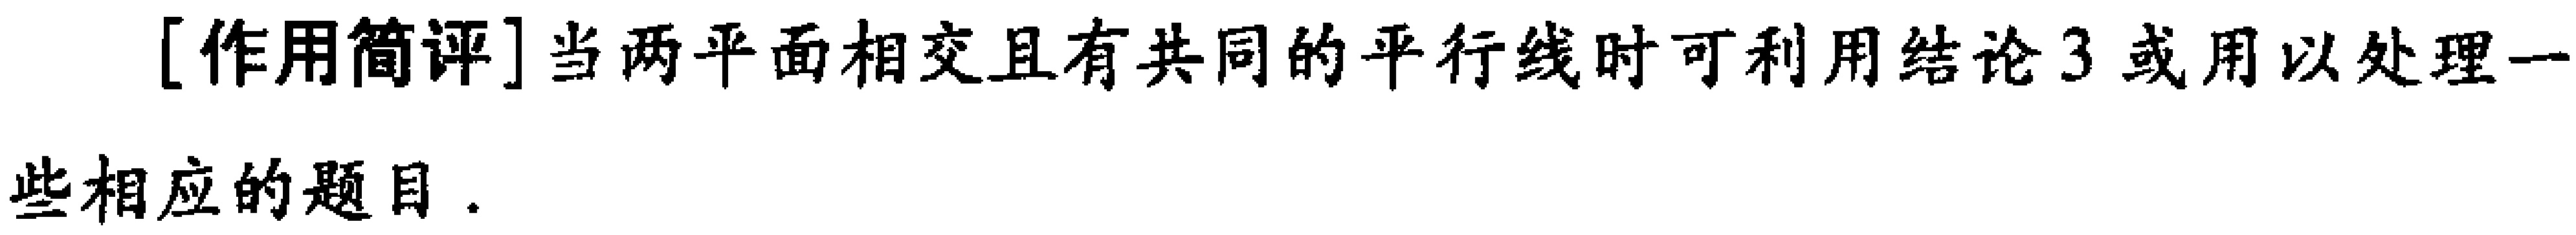
[作用简评]当两平面相交且有共同的平行线时可利用结论3或用以处理一些相应的题目.